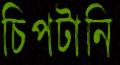
চিপটানি